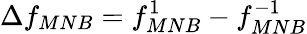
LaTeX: \Delta f_{MNB}=f_{MNB}^{1}-f_{MNB}^{-1}